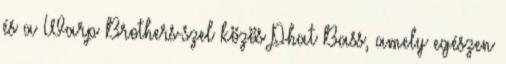
és a Warp Brothers-szel közös Phat Bass, amely egészen